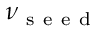
\nu _ { \mathrm { ~ s ~ e ~ e ~ d ~ } }